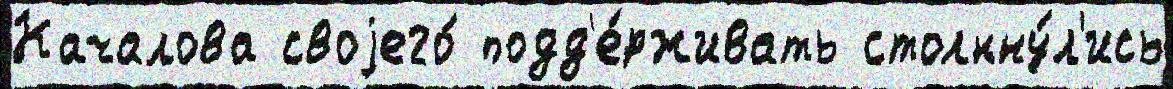
Качалова своjего́ подд'е́рживать столкну́л'ись